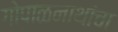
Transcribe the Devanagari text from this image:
गोपाळनाथांचा